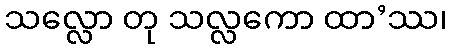
သလ္လော တု သလ္လကော ထာ’ဿ၊